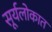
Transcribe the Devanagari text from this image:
सूर्यलोकात